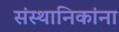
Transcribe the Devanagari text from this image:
संस्थानिकांना